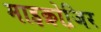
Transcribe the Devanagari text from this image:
माइक्रोजि़र